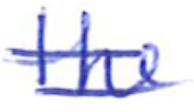
Text: the
Cross-out: mix
Writing tool: ballpoint